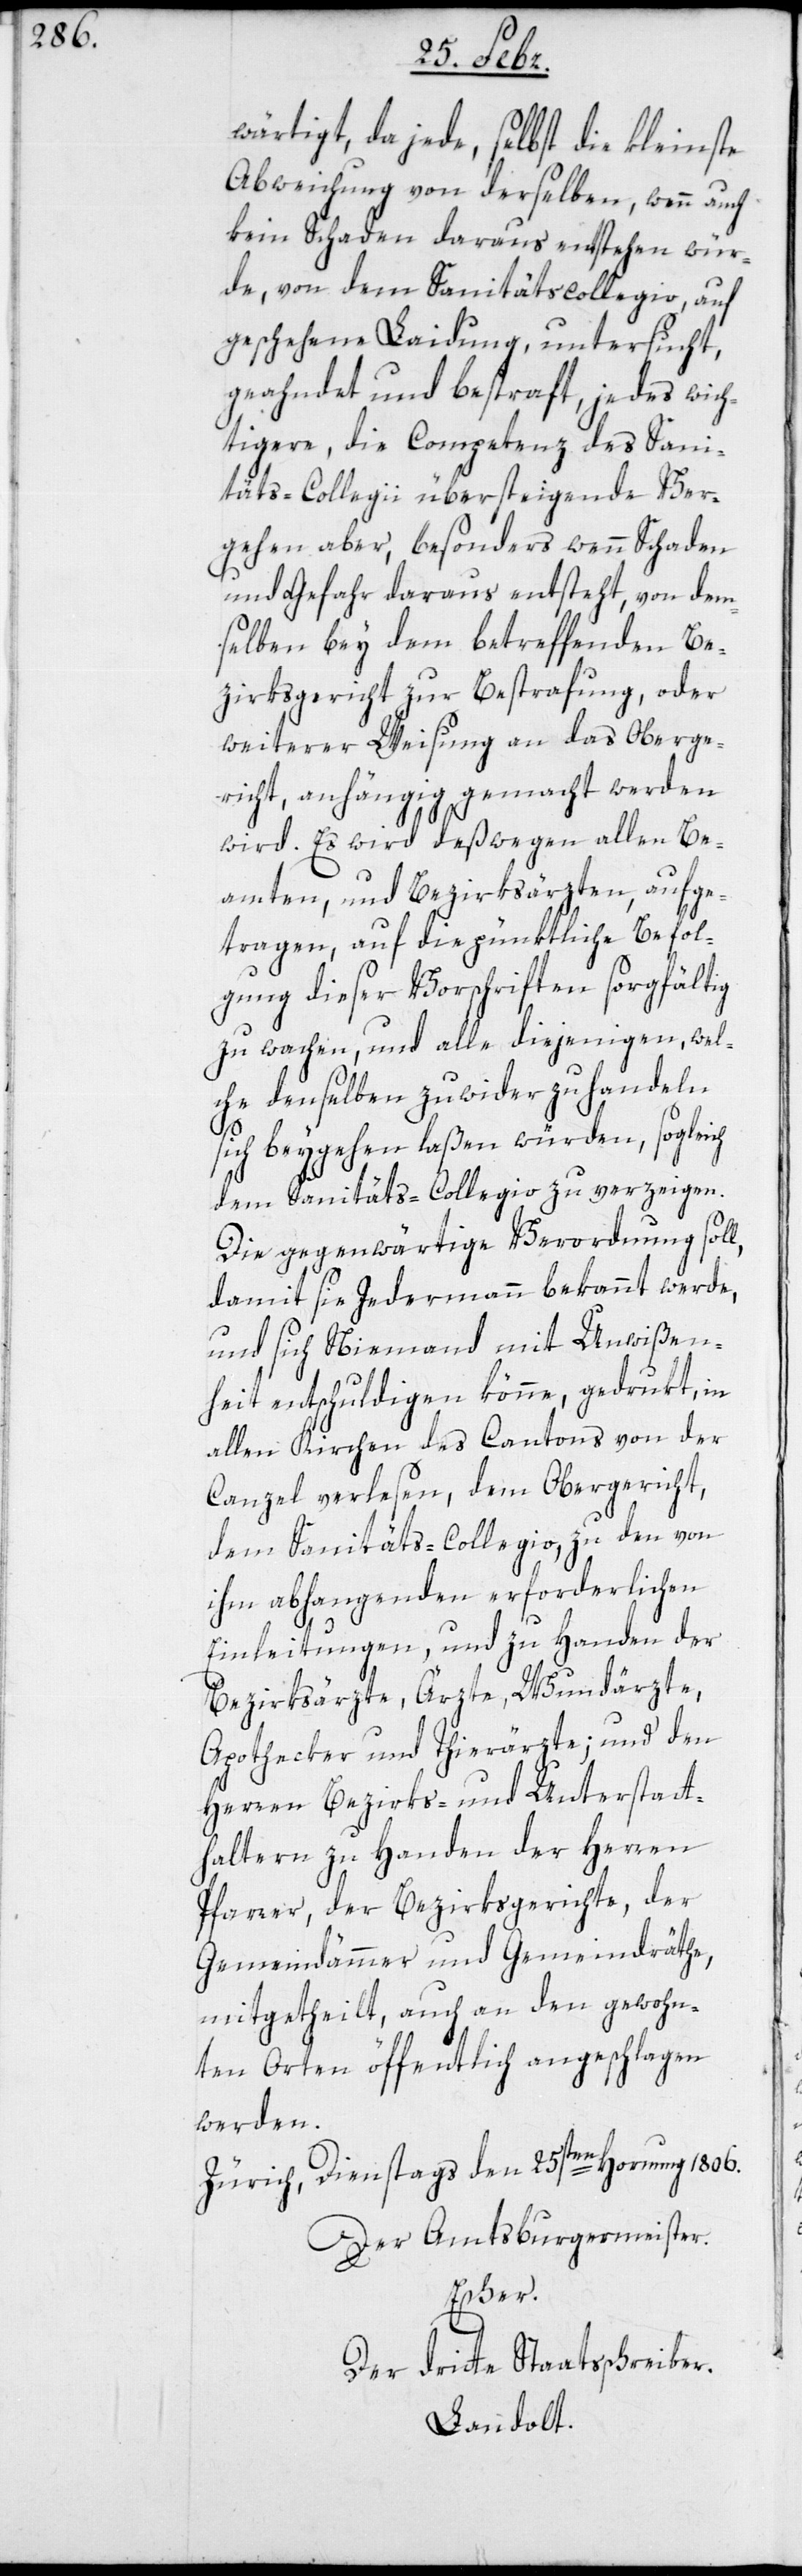
wärtigt, da jede, selbst die kleinste
Abweichung von derselben, wenn auch
kein Schaden daraus entstehen wür¬
de, von dem Sanitätscollegio, auf
geschehene Laidung, untersucht,
geahndet und bestraft, jedes wich¬
tigere, die Competenz des Sani¬
täts-Collegii übersteigende Ver¬
gehen aber, besonders wenn Schaden
und Gefahr daraus entsteht, von dem¬
selben bey dem betreffenden Be¬
zirksgericht zur Bestrafung, oder
weiterer Weisung an das Oberge¬
richt, anhängig gemacht werden
wird. Es wird deßwegen allen Be¬
amten und Bezirksärzten, aufge¬
tragen, auf die pünktliche Befol¬
gung dieser Vorschriften sorgfältig
zu wachen, und alle diejenigen, wel¬
che denselben zuwider zu handeln
sich beygehen laßen würden, sogleich
dem Sanitäts-Collegio zu verzeigen.
Die gegenwärtige Verordnung soll,
damit sie Jedermann bekannt werde,
und sich Niemand mit Unwißen¬
heit entschuldigen könne, gedrukt, in
allen Kirchen des Cantons von der
Canzel verlesen, dem Obergericht,
dem Sanitäts-Collegio, zu den von
ihm abhangenden erforderlichen
Einleitungen, und zu Handen der
Bezirksärzte, Ärzte, Wundärzte,
Apothecker und Thierärzte; und den
Herren Bezirks- und Unterstatt¬
haltern zu Handen der Herren
Pfarrer, der Bezirksgerichte, der
Gemeindammänner und Gemeindräthe,
mitgetheilt, auch an den gewohn¬
ten Orten öffentlich angeschlagen
werden.
Zürich, Dienstags den 25sten Hornung 1806.
Der Amtsburgermeister.
Escher.
Der dritte Staatsschreiber.
Landolt.